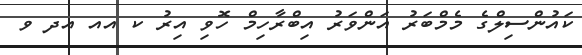
ކައުންސިލްގެ މެމްބަރު އަންވަރު އިބްރާހިމް ހޮވި އިރު ކ އއ އދ ވ